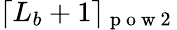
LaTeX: \lceil L_{b}+1\rceil_{\mathrm{~p~o~w~2~}}